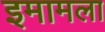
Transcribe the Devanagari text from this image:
इमामला